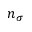
n _ { \sigma }